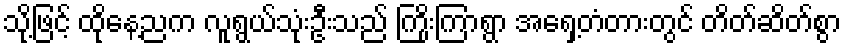
သို့ဖြင့် ထိုနေ့ညက လူရွယ်သုံးဦးသည် ကြိုးကြာရွာ အရှေ့တံတားတွင် တိတ်ဆိတ်စွာ